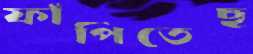
ফাঁপিতেছ